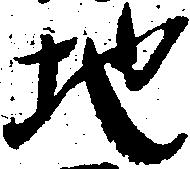
地